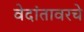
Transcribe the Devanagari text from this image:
वेदांतावरचे